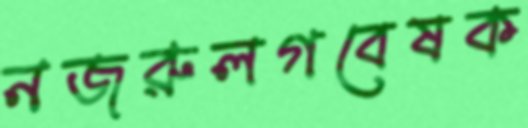
নজরুলগবেষক